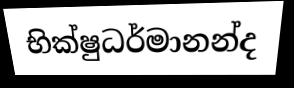
භික්ෂුධර්මානන්ද